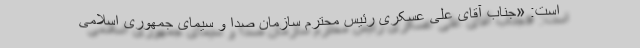
است: «جناب آقای علی عسکری رئیس محترم سازمان صدا و سیمای جمهوری اسلامی